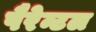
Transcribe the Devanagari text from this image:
पैरेन्टल